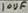
Text: 10uF